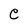
Character: C